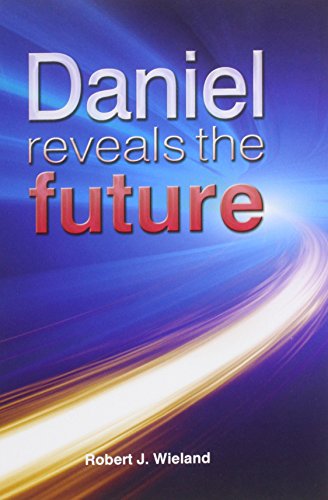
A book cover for Daniel Reveals the Future; Robert J. Wieland; Christian Books & Bibles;